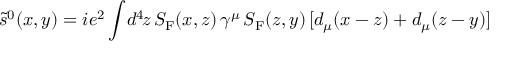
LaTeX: \tilde { s } ^ { 0 } ( x , y ) = i e ^ { 2 } \int \! d ^ { 4 } \! z \, S _ { \mathrm { F } } ( x , z ) \, \gamma ^ { \mu } \, S _ { \mathrm { F } } ( z , y ) \, [ d _ { \mu } ( x - z ) + d _ { \mu } ( z - y ) ]